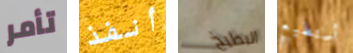
تأمر أنفذ البطيخ أستطيع